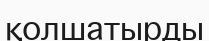
қолшатырды